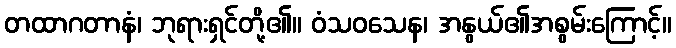
တထာဂတာနံ၊ ဘုရားရှင်တို့၏။ ဝံသဝသေန၊ အနွယ်၏အစွမ်းကြောင့်။